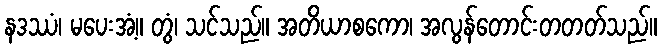
နဒဿံ၊ မပေးအံ့။ တွံ၊ သင်သည်။ အတိယာစကော၊ အလွန်တောင်းတတတ်သည်။